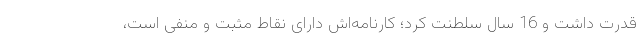
قدرت داشت و 16 سال سلطنت کرد؛ کارنامه‌اش دارای نقاط مثبت و منفی است،